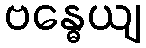
ဗန္ဓေယျ